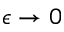
\epsilon \rightarrow 0